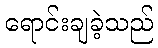
ရောင်းချခဲ့သည်